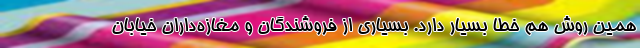
همین روش هم خطا بسیار دارد. بسیاری از فروشندگان و مغازه‌داران خیابان